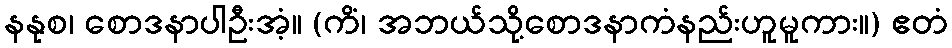
နနုစ၊ စောဒနာပါဦးအံ့။ (ကိံ၊ အဘယ်သို့စောဒနာကံနည်းဟူမူကား။) ဧတံ